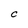
Character: c